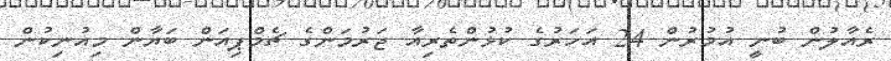
ރެއާލުން ބުނީ އުމުރުން 24 އަހަރުގެ ކުޅުންތެރިއާ ޖަރުމަންގެ ޗެމްޕިއަން ބަޔާން މިއުނިކުން